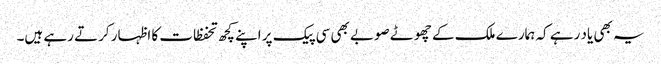
یہ بھی یاد رہے کہ ہمارے ملک کے چھوٹے صوبے بھی سی پیک پر اپنے کچھ تحفظات کا اظہار کرتے رہے ہیں۔